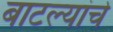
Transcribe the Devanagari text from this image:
बाटल्यांचे